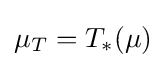
\mu _{T}=T_{*}(\mu )